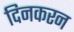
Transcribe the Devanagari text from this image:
दिनकरन